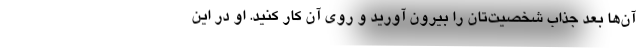
آن‌ها بعد جذاب شخصیت‌تان را بیرون آورید و روی آن کار کنید. او در این